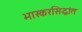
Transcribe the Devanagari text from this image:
भास्करसिद्धांत